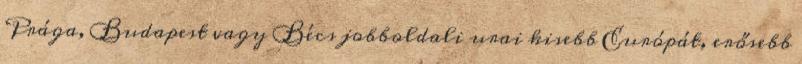
Prága, Budapest vagy Bécs jobboldali urai kisebb Európát, erősebb